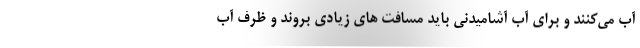
آب می‌کنند و برای آب آشامیدنی باید مسافت های زیادی بروند و ظرف آب